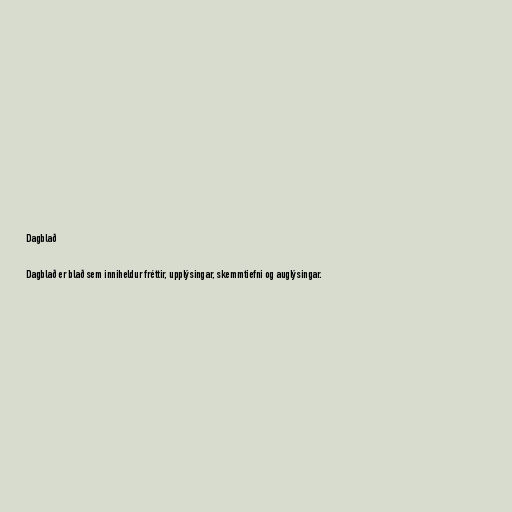
Dagblað

Dagblað er blað sem inniheldur fréttir, upplýsingar, skemmtiefni og auglýsingar.